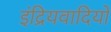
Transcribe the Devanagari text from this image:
इंद्रियवादियों